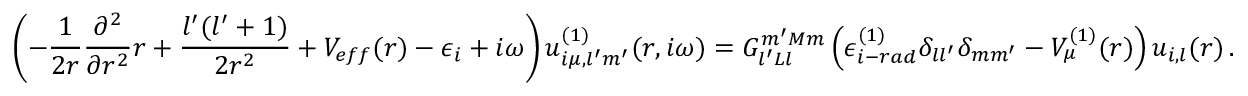
\left( - \frac { 1 } { 2 r } \frac { \partial ^ { 2 } } { \partial r ^ { 2 } } r + \frac { l ^ { \prime } ( l ^ { \prime } + 1 ) } { 2 r ^ { 2 } } + V _ { e f f } ( r ) - \epsilon _ { i } + i \omega \right) u _ { i \mu , l ^ { \prime } m ^ { \prime } } ^ { ( 1 ) } ( r , i \omega ) = G _ { l ^ { \prime } L l } ^ { m ^ { \prime } M m } \left( \epsilon _ { i - r a d } ^ { ( 1 ) } \delta _ { l l ^ { \prime } } \delta _ { m m ^ { \prime } } - V _ { \mu } ^ { ( 1 ) } ( r ) \right) u _ { i , l } ( r ) \, .